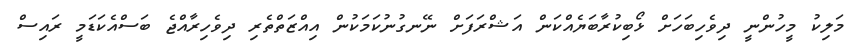
މަލިކު މީހުންނީ ދިވެހިބަހަށް ޅޯބިކުރާބަޔެއްކަން އަޝްރަފަށް ނޭނގުނުކަމަކުން އިއްޒަތްތެރި ދިވެހިރާއްޖެ ބަސްއެކަޑަމީ ރައިސް